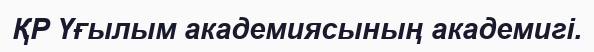
ҚР Үғылым академиясының академигі.